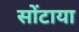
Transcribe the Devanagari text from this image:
सोंटाया